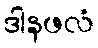
ဒါနဖလံ